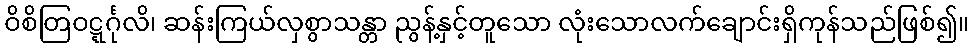
ဝိစိတြဝဋ္ဋင်္ဂုလိ၊ ဆန်းကြယ်လှစွာသန္တာ ညွန့်နှင့်တူသော လုံးသောလက်ချောင်းရှိကုန်သည်ဖြစ်၍။